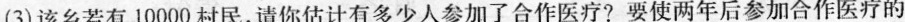
(3)该乡若有10000村民，请你估计有多少人参加了合作医疗?要使两年后参加合作医疗的